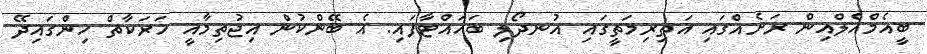
ބީއެމްއެލްއިން ރަށެއްގައި އަތިރިމަތީގައި އުނދޯލި ބަހައްޓާފައި: އެ ބޭންކުން އިޖުތިމާއީ ހަރަކާތް ހިންގައިދޭ